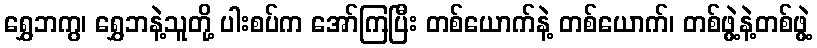
ရွှေဘကွ၊ ရွှေဘနဲ့သူတို့ ပါးစပ်က အော်ကြပြီး တစ်ယောက်နဲ့ တစ်ယောက်၊ တစ်ဖွဲ့နဲ့တစ်ဖွဲ့